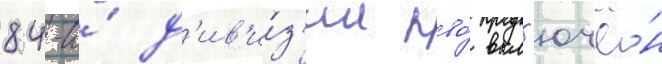
84-и́ д'ив'и́з'ии пво́ вкл'ючё́н